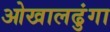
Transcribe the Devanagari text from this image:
ओखालढुंगा